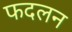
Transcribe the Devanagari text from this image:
फदलन